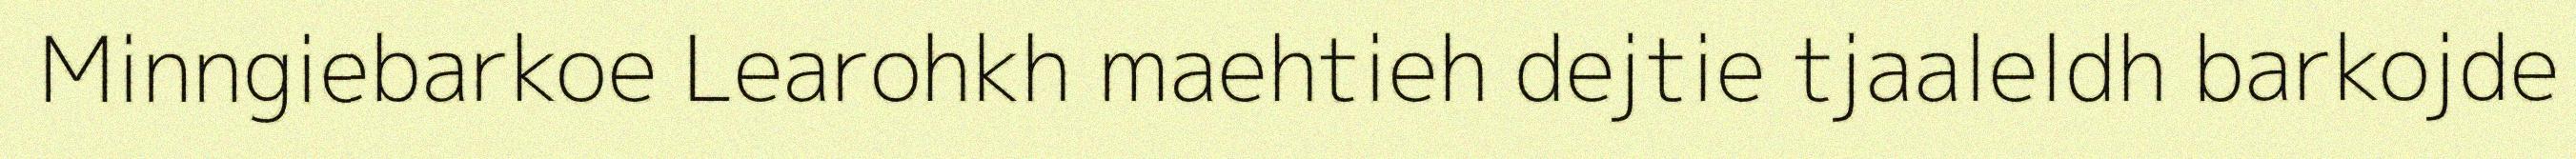
Minngiebarkoe Learohkh maehtieh dejtie tjaaleldh barkojde